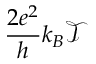
\frac { 2 e ^ { 2 } } { h } k _ { B } \mathcal { T }